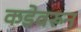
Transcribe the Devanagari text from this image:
कडेवरून